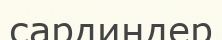
сардиндер